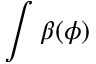
\int \beta ( \phi )